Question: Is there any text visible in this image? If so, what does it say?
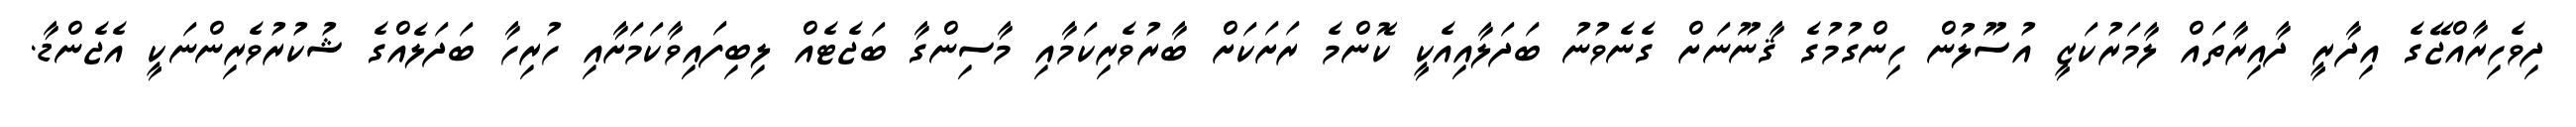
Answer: ދިވެހިރާއްޖޭގެ އިދާރީ ދާއިރާތައް ލާމަރުކަޒީ އުސޫލުން ހިންގުމުގެ ޤާނޫނަށް ގެނެވުނު ބަދަލާއިއެކީ ކޮންމެ ރަށަކަށް ބާރުވެރިކަމާއި މާސިންގާ ބަޖެޓެއް ލިބިފައިވާކަމަށާއި ހުރިހާ ބަދަލެއްގެ ޝުކުރުވެރިންނަކީ އެޖެންޑާ.